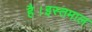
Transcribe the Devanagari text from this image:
है।इस्तमाल